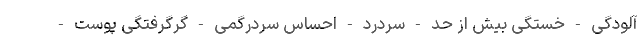
آلودگی - خستگی بیش از حد - سردرد - احساس سردرگمی - گرگرفتگی پوست -